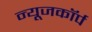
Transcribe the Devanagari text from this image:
न्यूजकॉर्प